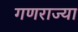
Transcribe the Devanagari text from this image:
गणराज्या